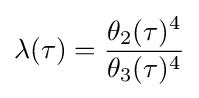
\lambda (\tau )={\frac {\theta _{2}(\tau )^{4}}{\theta _{3}(\tau )^{4}}}